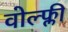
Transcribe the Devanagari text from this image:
वोल्फ्ली